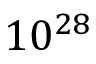
1 0 ^ { 2 8 }